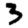
Digit: 3